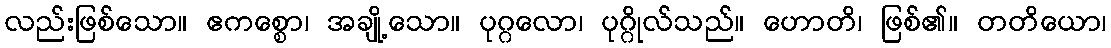
လည်းဖြစ်သော။ ဧကစ္စော၊ အချို့သော။ ပုဂ္ဂလော၊ ပုဂ္ဂိုလ်သည်။ ဟောတိ၊ ဖြစ်၏။ တတိယော၊